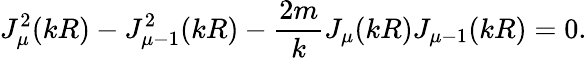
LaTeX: J_{\mu}^{2}(kR)-J_{\mu-1}^{2}(kR)-\frac{2m}{k}J_{\mu}(kR)J_{\mu-1}(kR)=0.